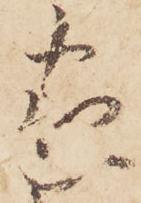
家